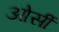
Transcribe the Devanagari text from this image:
ओर्सी